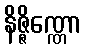
နိဇ္ဇိဏ္ဏော